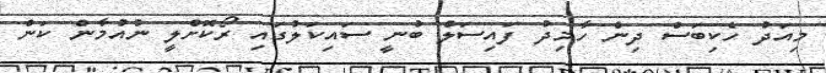
މިއަދު ހެކިބަސް ދިން ހާމިދު ފައިސަލް ބުނީ ސައިކަލުގައި ރޯކޮށްލީ ނުއުމާން ކަން